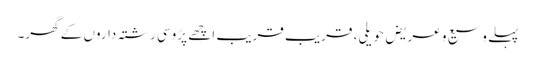
پہلے وسیع و عریض حویلی، قریب قریب اچھے پڑوسی رشتہ داروں کے گھر۔